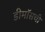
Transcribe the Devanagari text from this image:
डीमॉसची